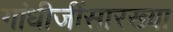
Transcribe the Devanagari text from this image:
गांधीजींसारख्या